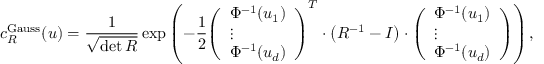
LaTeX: c _ { R } ^ { \mathrm { G a u s s } } ( u ) = { \frac { 1 } { \sqrt { \operatorname* { d e t } { R } } } } \exp \left( - { \frac { 1 } { 2 } } { \left( \begin{array} { l } { \Phi ^ { - 1 } ( u _ { 1 } ) } \\ { \vdots } \\ { \Phi ^ { - 1 } ( u _ { d } ) } \end{array} \right) } ^ { T } \cdot \left( R ^ { - 1 } - I \right) \cdot { \left( \begin{array} { l } { \Phi ^ { - 1 } ( u _ { 1 } ) } \\ { \vdots } \\ { \Phi ^ { - 1 } ( u _ { d } ) } \end{array} \right) } \right) ,